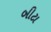
બીટા